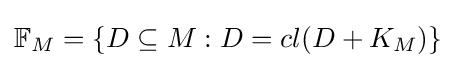
\mathbb {F} _{M}=\{D\subseteq M:D=cl(D+K_{M})\}